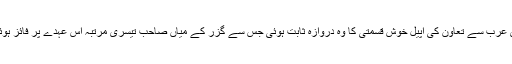
سعودی عرب سے تعاون کی اپیل خوش قسمتی کا وہ دروازہ ثابت ہوئی جس سے گزر کے میاں صاحب تیسری مرتبہ اس عہدے پر فائز ہوئے ہیں۔